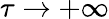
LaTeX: \tau\to+\infty